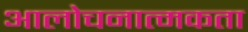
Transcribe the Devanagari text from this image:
आलोचनात्मकता